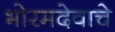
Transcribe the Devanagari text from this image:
भोरमदेवाचे